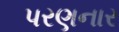
પરણનાર